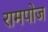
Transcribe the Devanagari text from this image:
रामपोज